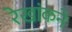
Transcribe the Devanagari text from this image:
रेखांकने